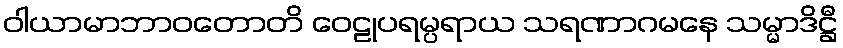
ဝါယာမာဘာဝတောတိ ဝေဠုပရမ္ပရာယ သရဏာဂမနေ သမ္မာဒိဋ္ဌီ